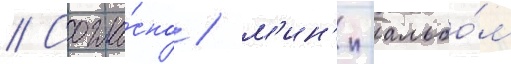
// Согла́сно / м'ин'и-альбо́м